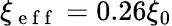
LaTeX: \xi_{\mathrm{~e~f~f~}}=0.26\xi_{0}